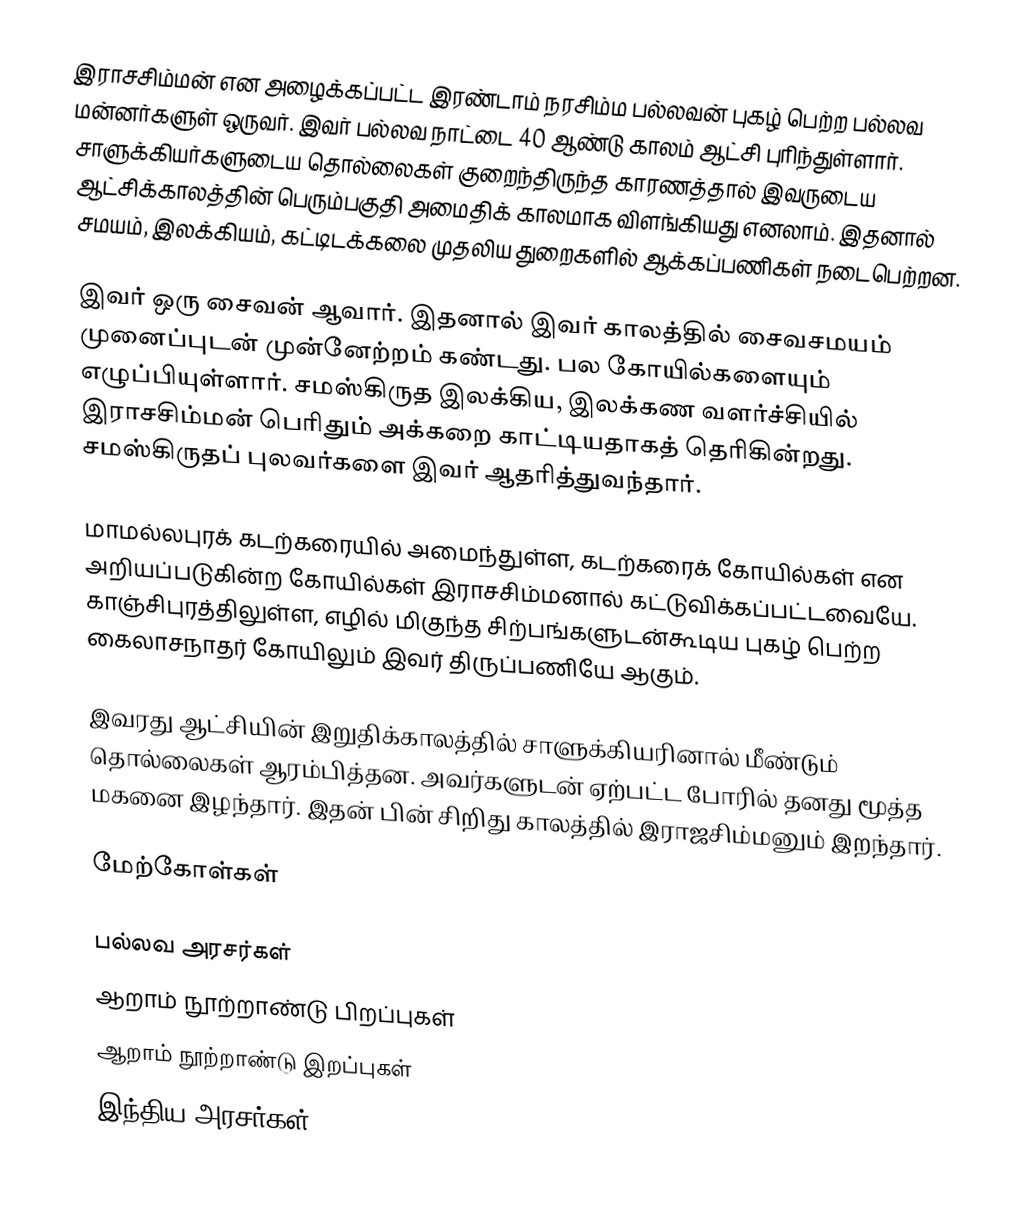
இராசசிம்மன் என அழைக்கப்பட்ட இரண்டாம் நரசிம்ம பல்லவன் புகழ் பெற்ற பல்லவ மன்னர்களுள் ஒருவர். இவர் பல்லவ நாட்டை 40 ஆண்டு காலம் ஆட்சி புரிந்துள்ளார். சாளுக்கியர்களுடைய தொல்லைகள் குறைந்திருந்த காரணத்தால் இவருடைய ஆட்சிக்காலத்தின் பெரும்பகுதி அமைதிக் காலமாக விளங்கியது எனலாம். இதனால் சமயம், இலக்கியம், கட்டிடக்கலை முதலிய துறைகளில் ஆக்கப்பணிகள் நடைபெற்றன.

இவர் ஒரு சைவன் ஆவார். இதனால் இவர் காலத்தில் சைவசமயம் முனைப்புடன் முன்னேற்றம் கண்டது. பல கோயில்களையும் எழுப்பியுள்ளார். சமஸ்கிருத இலக்கிய, இலக்கண வளர்ச்சியில் இராசசிம்மன் பெரிதும் அக்கறை காட்டியதாகத் தெரிகின்றது. சமஸ்கிருதப் புலவர்களை இவர் ஆதரித்துவந்தார்.

மாமல்லபுரக் கடற்கரையில் அமைந்துள்ள, கடற்கரைக் கோயில்கள் என அறியப்படுகின்ற கோயில்கள் இராசசிம்மனால் கட்டுவிக்கப்பட்டவையே. காஞ்சிபுரத்திலுள்ள, எழில் மிகுந்த சிற்பங்களுடன்கூடிய புகழ் பெற்ற கைலாசநாதர் கோயிலும் இவர் திருப்பணியே ஆகும்.

இவரது ஆட்சியின் இறுதிக்காலத்தில் சாளுக்கியரினால் மீண்டும் தொல்லைகள் ஆரம்பித்தன. அவர்களுடன் ஏற்பட்ட போரில் தனது மூத்த மகனை இழந்தார். இதன் பின் சிறிது காலத்தில் இராஜசிம்மனும் இறந்தார்.

மேற்கோள்கள்

பல்லவ அரசர்கள்
ஆறாம் நூற்றாண்டு பிறப்புகள்
ஆறாம் நூற்றாண்டு இறப்புகள்
இந்திய அரசர்கள்